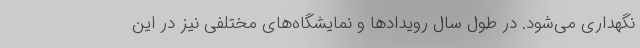
نگهداری می‌شود. در طول سال رویدادها و نمایشگاه‌های مختلفی نیز در این